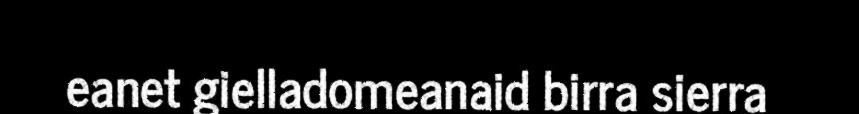
eanet gielladomeanaid birra sierra